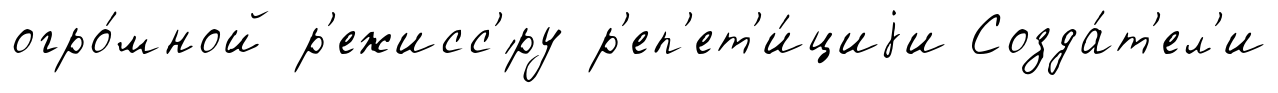
огро́мной р'ежисс'́ру р'еп'ет'и́циjи Созда́т'ел'и